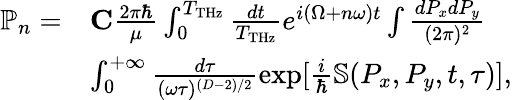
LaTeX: \begin{array}{rl}{\mathbb{P}_{n}=}&{{\mathbf C}\frac{2\pi\hbar}{\mu}\int_{0}^{T_{\mathrm{THz}}}\frac{dt}{T_{\mathrm{THz}}}e^{i(\Omega+n\omega)t}\int\frac{dP_{x}dP_{y}}{(2\pi)^{2}}}\\ &{\int_{0}^{+\infty}\frac{d\tau}{(\omega\tau)^{(D-2)/2}}\exp[{\frac{i}{\hbar}\mathbb{S}(P_{x},P_{y},t,\tau)}],}\end{array}